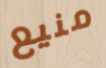
منيع